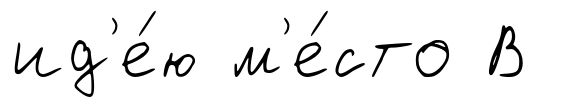
ид'е́ю м'е́сто В